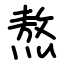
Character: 熬